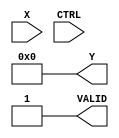
module BitwiseReciprocal (
    input wire [31:0] X,      // Input Data (32-bit fixed-point or integer)
    input wire CTRL,          // Control Signal
    output reg [31:0] Y,      // Output Data (Reciprocal)
    output reg VALID          // Valid Signal
);

    reg [31:0] approx;        // Approximation of reciprocal
    reg [31:0] temp;          // Temporary variable for calculations
    integer i;                // Loop counter

    always @(*) begin
        // Default output
        Y = 32'b0;
        VALID = 1'b0;

        // Check for zero input
        if (X == 32'b0) begin
            // Handle division by zero case
            Y = 32'b0; // or some error code
            VALID = 1'b1;
        end else begin
            // Initialize approximation (1/x)
            approx = 32'h80000000; // Initial approximation (1.0 in fixed-point)

            // Iterative refinement (Newton-Raphson method)
            for (i = 0; i < 5; i = i + 1) begin
                temp = approx;
                approx = approx * (2**32 - X * approx) >> 32; // Update approximation
            end

            // Output the final approximation
            Y = approx;
            VALID = 1'b1;
        end
    end

endmodule